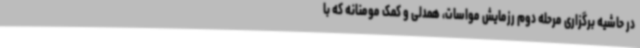
در حاشیه برگزاری مرحله دوم رزمایش مواسات، همدلی و کمک مومنانه که با